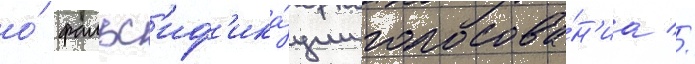
о́ фальс'иф'ика́ции голосова́н'иа //